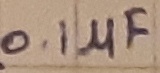
Text: 0.1µF